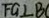
F G \bot B C